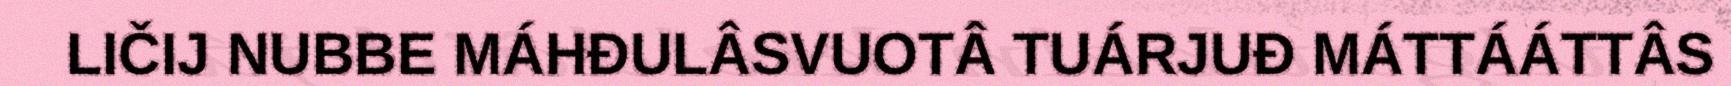
LIČIJ NUBBE MÁHĐULÂSVUOTÂ TUÁRJUĐ MÁTTÁÁTTÂS